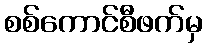
စစ်ကောင်စီဖက်မှ